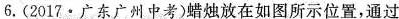
6.(2017 · 广东广州中考)蜡烛放在如图所示位置，通过